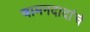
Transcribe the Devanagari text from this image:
वामनदादांचं